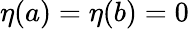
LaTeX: \eta(a)=\eta(b)=0